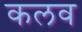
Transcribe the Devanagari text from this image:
कलव